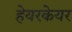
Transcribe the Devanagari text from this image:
हेयरकेयर